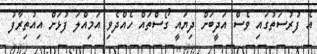
އެ ފުރުސަތުގައި ވެސް އަދީބަށް ދިޔައީ ގޯސްތައް ހެއްދެވި އަމިއްލަ ފުޅަށް އިއުތިރާފު